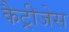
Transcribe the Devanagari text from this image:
कैट्रीजेस